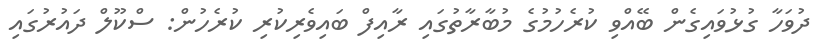
ދުވަހާ ގުޅުވައިގެން ބޭއްވި ކުރެހުމުގެ މުބާރާތުގައި ރާއިފް ބައިވެރިކުރި ކުރެހުން: ސްކޫލް ދައުރުގައި